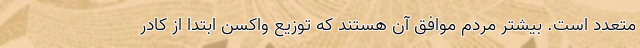
متعدد است. بیشتر مردم موافق آن هستند که توزیع واکسن ابتدا از کادر